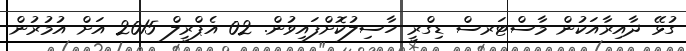
ގުޅޭ ދާއިރާއަކުން މާސްޓަރސް ޑިގްރީ ހާސިލުކޮށްފައިވުން. 02 އެޕްރީލް 2015 އަށް އުމުރުން